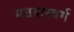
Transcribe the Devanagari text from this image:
मतदारवर्ग